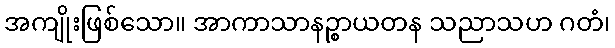
အကျိုးဖြစ်သော။ အာကာသာနဉ္စာယတန သညာသဟ ဂတံ၊